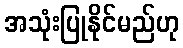
အသုံးပြုနိုင်မည်ဟု